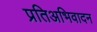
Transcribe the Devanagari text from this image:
प्रतिअभिवादन